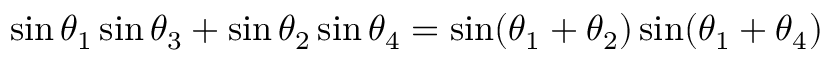
\sin \theta _ { 1 } \sin \theta _ { 3 } + \sin \theta _ { 2 } \sin \theta _ { 4 } = \sin ( \theta _ { 1 } + \theta _ { 2 } ) \sin ( \theta _ { 1 } + \theta _ { 4 } )